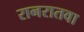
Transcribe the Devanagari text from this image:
रानरातवा